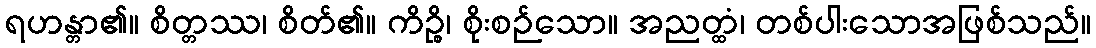
ရဟန္တာ၏။ စိတ္တဿ၊ စိတ်၏။ ကိဉ္စိ၊ စိုးစဉ်သော။ အညတ္ထံ၊ တစ်ပါးသောအဖြစ်သည်။